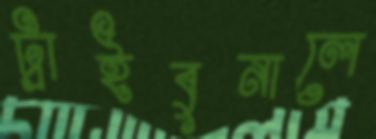
ট্রাইবুনালে